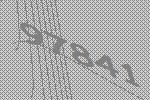
97841